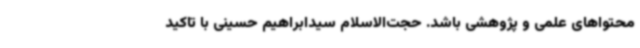
محتواهای علمی و پژوهشی باشد. حجت‌الاسلام سیدابراهیم حسینی با تاکید